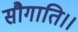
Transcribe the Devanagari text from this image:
सौगाति।।